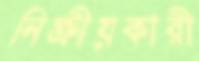
নিষ্ক্রীয়কারী